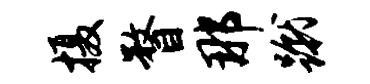
摄瞀那蹴